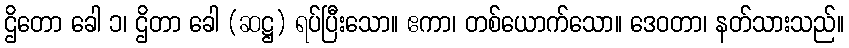
ဌိတော ခေါ ၁၊ ဌိတာ ခေါ (ဆဋ္ဌ) ရပ်ပြီးသော။ ဧကာ၊ တစ်ယောက်သော။ ဒေဝတာ၊ နတ်သားသည်။